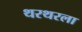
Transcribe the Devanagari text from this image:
थरथरला